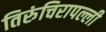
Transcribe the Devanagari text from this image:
तिरुंचिरापल्ली